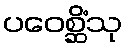
ပဝေစ္ဆိံသု